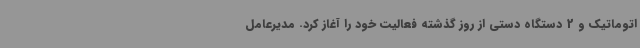
اتوماتیک و 2 دستگاه دستی از روز گذشته فعالیت خود را آغاز کرد. مدیرعامل